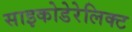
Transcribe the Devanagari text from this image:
साइकोडेरेलिक्ट